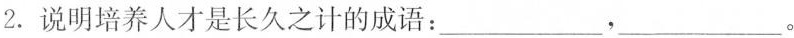
2.说明培养人才是长久之计的成语：___，__ _。